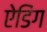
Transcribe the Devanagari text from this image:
ऐडिंग